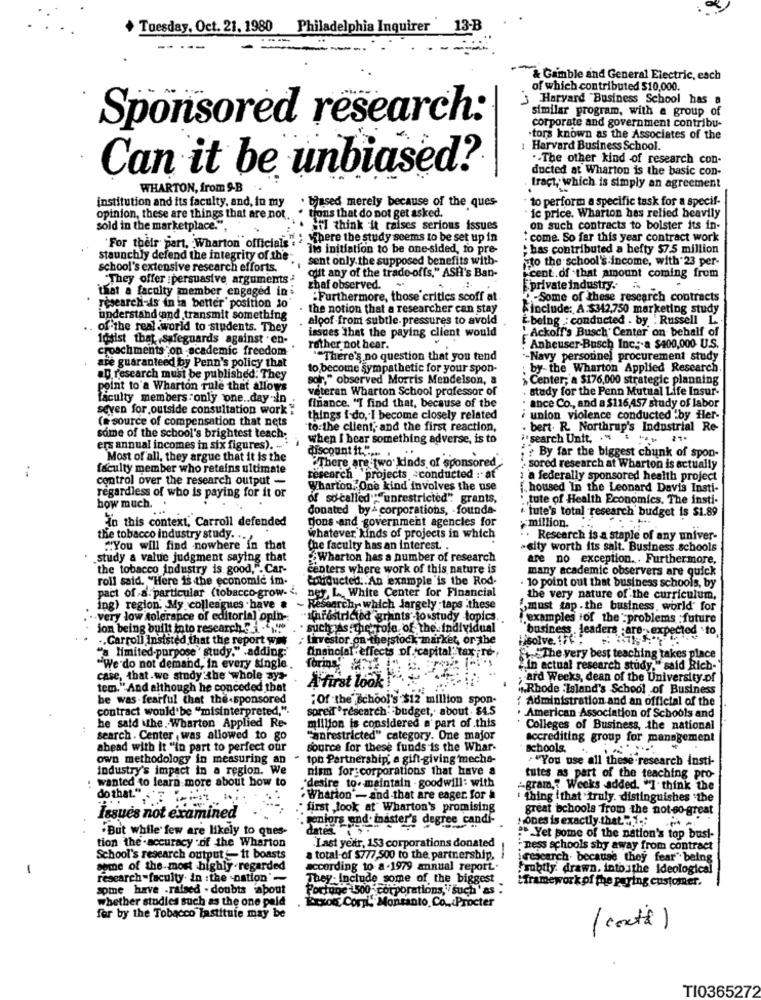
+ Tuesday, Oct. 21. 1980 Philadelphia Inquirer ' 13-B
---
& Gamble and General Electric, each
of which contributed $10,000.
Harvard Business School has a
similar program, with a group of
Sponsored research:
corporate and government contribu-
.tors known as the Associates of the
Harvard Business School.
.- The other kind of research con-
Can it be unbiased?
ducted at Wharton is the basic con-
WHARTON, from 9-B
tract, which is simply an agreement
institution and its faculty, and, in my
to perform a specific task for a specif-
. bjased merely because of the ques-
opinion, these are things that are not
tions that do not get asked.
ic price. Wharton hes relied heavily
sold in the marketplace. .
i think it raises serious issues
on such contracts to bolster its in-
"For their part, Wharton officials" > "there the study seems to be set up in
: come. So far this year contract work
lis initiation to be one-sided, to pre-
has contributed a hefty $7.5 million
staunchly defend the integrity of the-
sent only. the supposed benefits with-
isto the school's income, with 23 per-
school's extensive research efforts.
They offer :persuasive arguments
quit any of the trade-offs," ASH's Ban-
cent.of that amount coming from
that a faculty member engaged in:
zhaf observed.
private industry.
:Furthermore, those critics scoff at
O-Some of these research contracts
researchi-ds in ia better' position to
the notion that a researcher can stay
include: A.$342,750 marketing study
understand and transmit something
aloof from subtle. pressures to avold
i.being .: conducted . by . Russell L.
.. .
e real world to students. They
'Ackoff's Busch' Center' on behalf of
fusist that safeguards against . en-
issues that the paying client would
croachments on -academic freedom
rather not hear.
Anheuser-Busch Inc: a $400,000 U.S.
""There's no question that you tend
-Navy personnel procurement study
are guaranteed by Penn's policy that
to become sympathetic for your spon-
by the Wharton Applied Research.
aD. research must be published. They
sor," observed Morris Mendelson, a
Center; a $176,000 strategic planning
point to'a Wharton rule that allows
veteran Wharton School professor of
study for the Penn Mutual Life Insur-
faculty members only one .. day in
ance Co ., and a $116,457 study of labor
seven for outside consultation work "
finance. "T find that, because of the
(a source of compensation that nets
things i do, I become closely related
union violence conducted by Her-
to the client, and the first reaction,
bert. R. Northrup's Industrial Re-
some of the school's brightest teach;
when I hear something adverse, is to
search Unft. . " . "> 21.
ers annual incomes in six figures). ....
discount it." ....
Most of all, they argue that it is the
? By far the biggest chunk of spon-
:
faculty member who retains ultimate
"There are two kinds of sponsored
sored research at Wharton is actually
control over the research output -
research projects :conducted : at
a federally sponsored health project
regardless of who is paying for it or
Wharton. One kind involves the use
{ housed In the Leonard Davis Insti-
of so-called""""unrestricted". grants,
i tute of Health Economics. The insti-
how much.
donated by& corporations, founda-
In this context, Carroll defended
Dons and government agencies for
. tute's total research budget is $1.89
million. ...
the tobacco industry study. .. .
whatever kinds of projects in which
Research is a staple of any univer-
"You will find nowhere in that
the faculty has an interest. .
-city worth its salt. Business schools
study a value judgment saying that
Wharton has a number of research
are no exception .. Furthermore,
the tobacco industry is good,". Car-
centers where work of this nature is
many academic observers are quick
roll said. "Here is the economic im-
Conducted: An example 'is the Rod-
. 10 point out that business schools, by
pact of a. particular (tobacco-grow- < ner, L ., White Center for Financial
the very nature of the curriculum,
ing) region. My colleagues have a ~ Research- which largely;taps these
must tap . the business, world' for
-very low tolerance of editorial opin -.
"sharestricted grants tosstudy topics.
examples of the problems ;future
jon being built into research 5 i -4,
. such As the role of the individual
business . leaders are- expected to
., Carroll Insisted that the report was , Lirvestor on thejstock market, or the
Hisolve. 17 :
"a limited-purpose ' study." .adding:'
Onanolal effects of capital" tax ;re-
The very best teaching takes place
"We do not demand, in every single.
foringe
"in actual research study," said Rich-
case, that.we study the whole ays-
; ard Weeks, dean of the University of
tem." And although he conceded that
A first look !
"Rhode Island's School of Business
be was-fearful that the-sponsored
"Of the School's $12 million spon-
contract would'be "misinterpreted,".
spreif *research- budget, about . $4.5
: Administration and an official of the
he satd \the. Wharton Applied Re-
American Association of Schools and
million is considered a part of this
Colleges of Business, the national
search . Center , was allowed to go
"anrestricted" category. One major
accrediting group for management
ahead with it "in part to perfect our
source for these funds is the Whar-
schools. ..
own methodology in measuring an
tot Partnership; a gift-giving mecha-
" ""You use all these research insti-
industry's impact in a region. We
nism for corporations that have a
: wanted to learn more about how to
"desire to. maintain . goodwill: with
tutes as part of the teaching pro-
-gram," Weeks added. "I think the
do that."
. Wharton'- and-that are eager. for a
: thing ithat truly. distinguishes :the
· first look at Wharton's promising
great bchools from the not-so-great
Issues not examined
seniors end. inaster's degree candi-
Hones is exactly that. " 1 ;:
.But while few are likely to ques-
dates ..
tion the - accuracy . of the Wharton
" Yet pome of the nation's top busi-
Last year, 153 corporations donated
: ness schools shy away from contract
School's research output _ it boasts
a total of $777,500 to the partnership,
iresearch. because they fear" being
-
some of the most highly regarded
according to a -1979 annual report ..
fsubtly. drawn. intoxthe Ideological
research -faculty. in :the nation'-
They- Include _some of the biggest
Hiramework of the paring customer.
spme have -raised . doubts about
Fortune 500 corporations, such' as
whether studies such as the one peld
. Erxod Cori Monsanto, Co ., Procter
fer by the Tobacco lastituie may be
( costs)
TI0365272